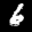
Label: 6